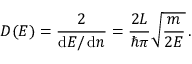
D ( E ) = { \frac { 2 } { \operatorname { d } \! E / \operatorname { d } \! n } } = { \frac { 2 L } { \hbar \pi } } { \sqrt { \frac { m } { 2 E } } } \, .